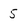
Character: 5